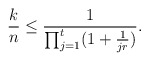
\begin{align*}\frac{k}{n}\leq \frac{1}{\prod_{j=1}^t(1+\frac{1}{jr})}.\end{align*}